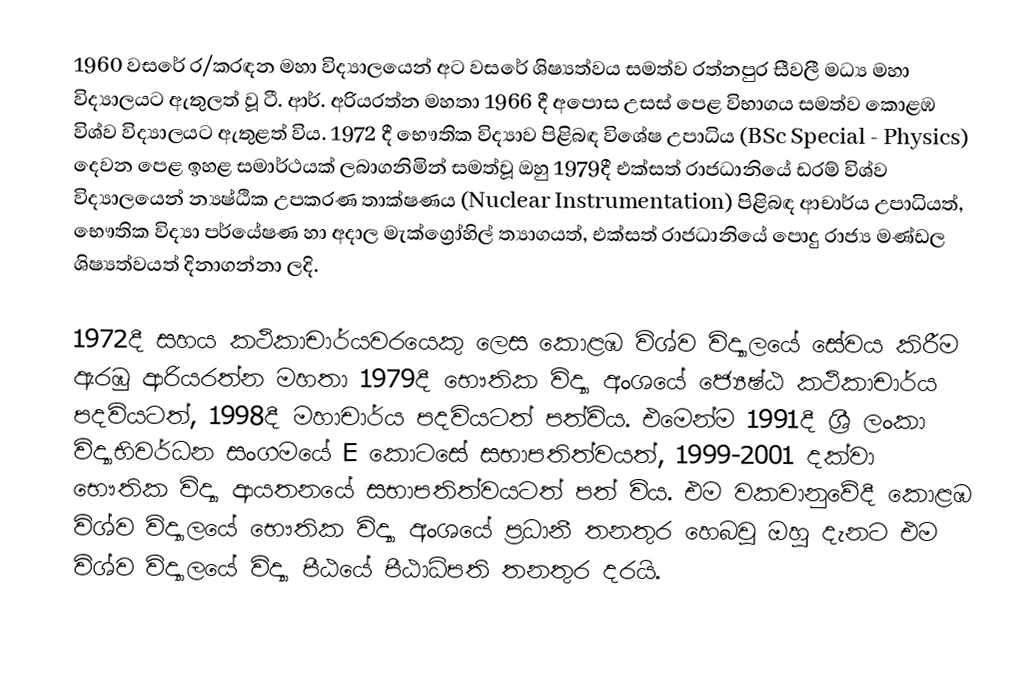
1960 වසරේ ර/කරඳන මහා විද්‍යාලයෙන් අට වසරේ ශිෂ්‍යත්වය සමත්ව රත්නපුර සීවලී මධ්‍ය මහා විද්‍යාලයට ඇතුලත් වූ ටී. ආර්. අරියරත්න මහතා 1966 දී අපොස උසස් පෙළ විභාගය සමත්ව කොළඹ විශ්ව විද්‍යාලයට ඇතුළත් විය. 1972 දී භෞතික විද්‍යාව පිළිබඳ විශේෂ උපාධිය (BSc Special - Physics) දෙවන පෙළ ඉහළ සමාර්ථයක් ලබාගනිමින් සමත්වූ ඔහු 1979දී එක්සත් රාජධානියේ ඩරම් විශ්ව විද්‍යාලයෙන් න්‍යෂ්ඨික උපකරණ තාක්ෂණය (Nuclear Instrumentation) පිළිබඳ ආචාර්ය උපාධියත්, භෞතික විද්‍යා පර්යේෂණ හා අදාල මැක්ග්‍රෝහිල් ත්‍යාගයත්, එක්සත් රාජධානියේ පොදු රාජ්‍ය මණ්ඩල ශිෂ්‍යත්වයත් දිනාගන්නා ලදි.

1972දී සහය කථිකාචාර්යවරයෙකු ලෙස කොළඹ විශ්ව විද්‍යාලයේ සේවය කිරීම ඇරඹු ආරියරත්න මහතා 1979දී භෞතික විද්‍යා අංශයේ ජ්‍යෙෂ්ඨ කථිකාචාර්ය පදවියටත්, 1998දී මහාචාර්ය පදවියටත් පත්විය. එමෙන්ම 1991දී ශ්‍රී ලංකා විද්‍යාභිවර්ධන සංගමයේ E කොටසේ සභාපතිත්වයත්, 1999-2001 දක්වා භෞතික විද්‍යා ආයතනයේ සභාපතිත්වයටත් පත් විය. එම වකවානුවේදී කොළඹ විශ්ව විද්‍යාලයේ භෞතික විද්‍යා අංශයේ ප්‍රධානී තනතුර හෙබවූ ඔහු දැනට එම විශ්ව විද්‍යාලයේ විද්‍යා පීඨයේ පීඨාධිපති තනතුර දරයි.